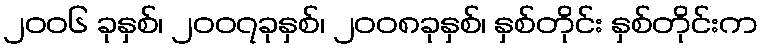
၂၀၀၆ ခုနှစ်၊ ၂၀၀၇ခုနှစ်၊ ၂၀၀၈ခုနှစ်၊ နှစ်တိုင်း နှစ်တိုင်းက